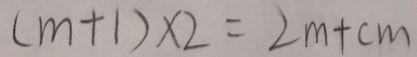
( m + 1 ) \times 2 = 2 m + c m